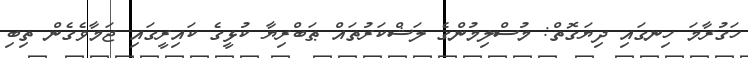
ހަގުރާމަ ހިނގައި ދިޔަގޮތް: މުސްލިމުންގެ ލަޝްކަރުތައް ޠަބްރިޔާ ކުޅީގެ ކައިރީގައި ޖަމާވެގެން ތިބި